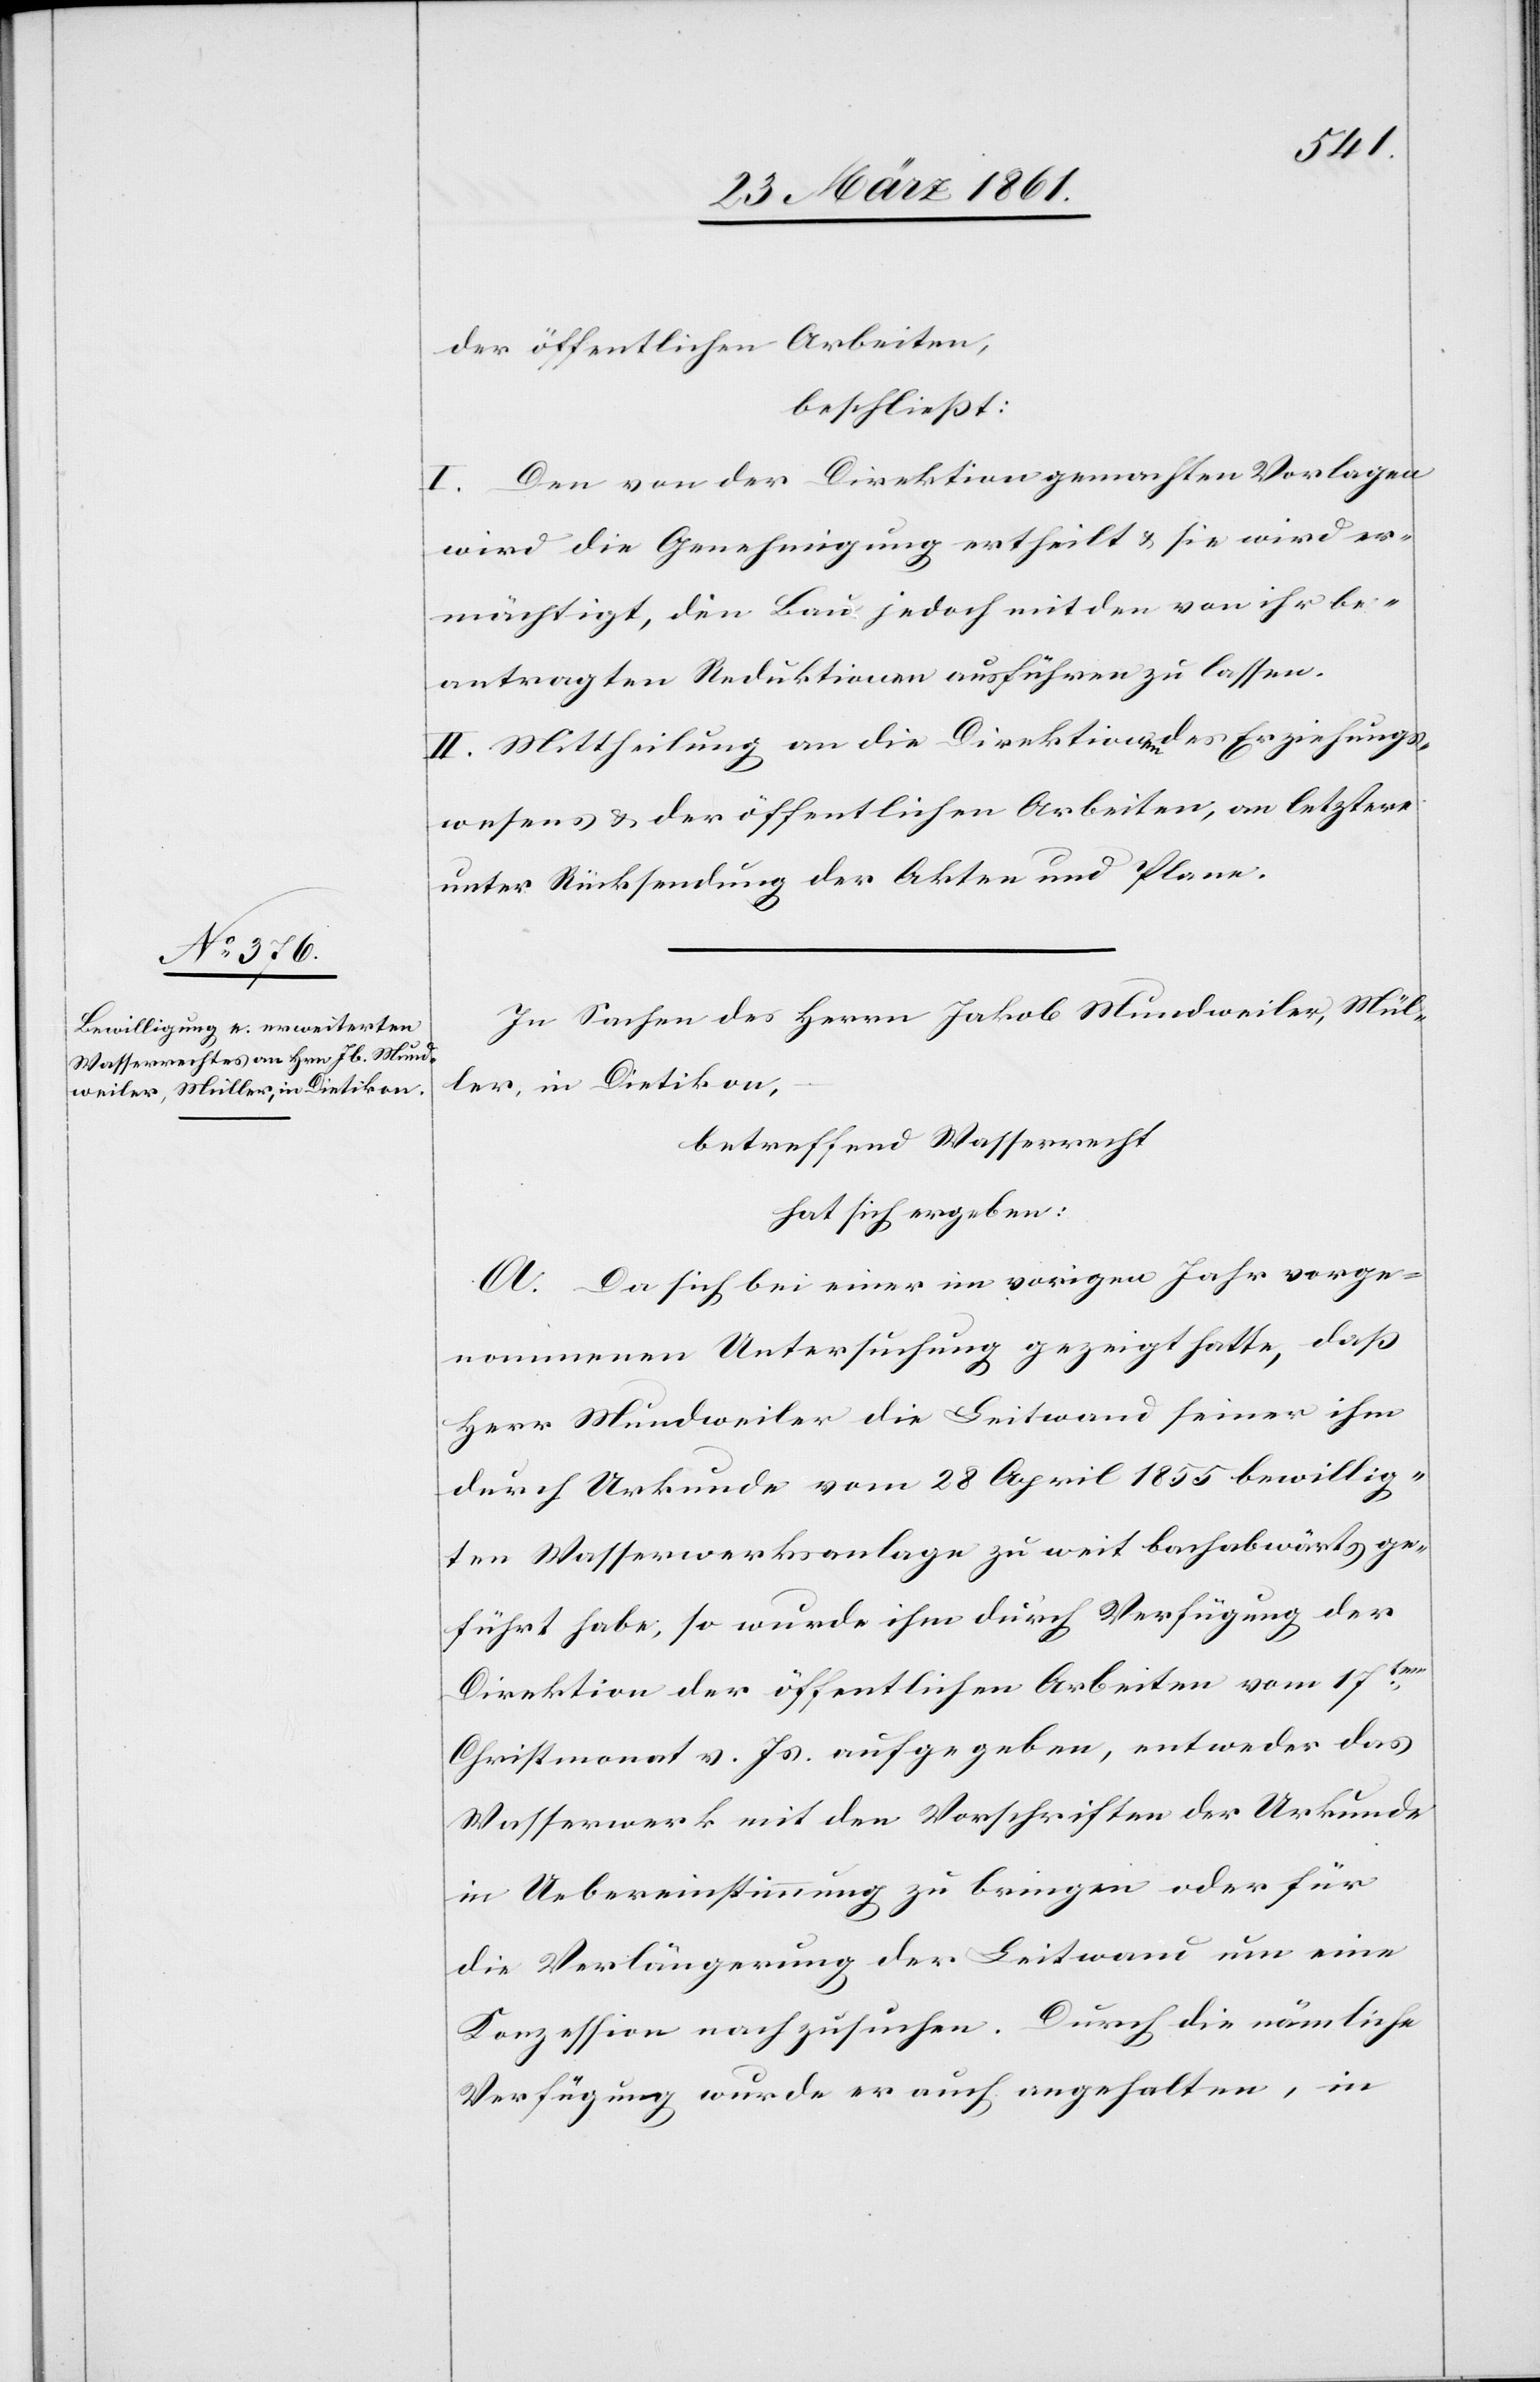
der öffentlichen Arbeiten,
beschließt:
I. Den von der Direktion gemachten Vorlagen
wird die Genehmigung ertheilt u. sie wird er¬
mächtigt, den Bau jedoch mit den von ihr be¬
antragten Reduktionen ausführen zu lassen.
II. Mittheilung an die Direktionen des Erziehungs¬
wesens u. der öffentlichen Arbeiten, an letztere
unter Rücksendung der Akten und Plane.